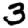
Digit: 3